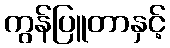
ကွန်ပြူတာနှင့်